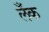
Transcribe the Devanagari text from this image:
लँक